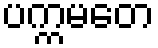
ပက္ကမတေ